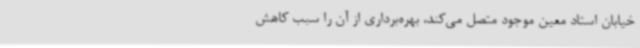
خیابان استاد معین موجود متصل می‌کند، بهره‌برداری از آن را سبب کاهش